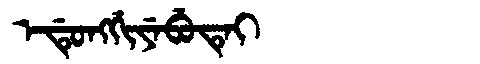
Manchu: ᡝᡩᡠᠩᡤᡳᠶᡝᠪᡠᡨᡝᡳ
Romanization: EDUNGGIYEBUTEI